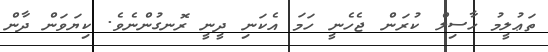
ތަޢުލީމު ހާސިލް ކުރަން ޖެހެނީ ހަމަ އެކަނި ދީނީ ރޮނގުންނެވެ. ކިޔަވަން ދާން